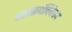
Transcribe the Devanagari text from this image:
परमार्थविवेका